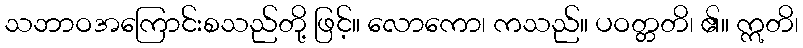
သဘာဝအကြောင်းစသည်တို့ ဖြင့်။ လောကော၊ ကသည်။ ပဝတ္တတိ၊ ၏။ ဣတိ၊